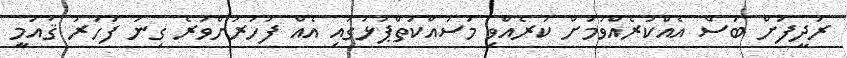
ރަދީފަށް ބަސް އެއްކުރެއްވުމަށް ކުރެއްވި މަސައްކަތްޕުޅުގައި އެއް ފަހަރަށްވުރެ ގިނަ ފަހަރު ޤައުމީ